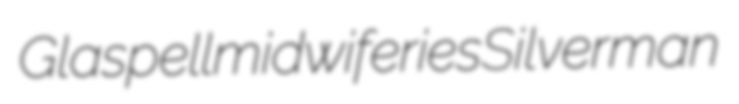
Glaspell midwiferies Silverman